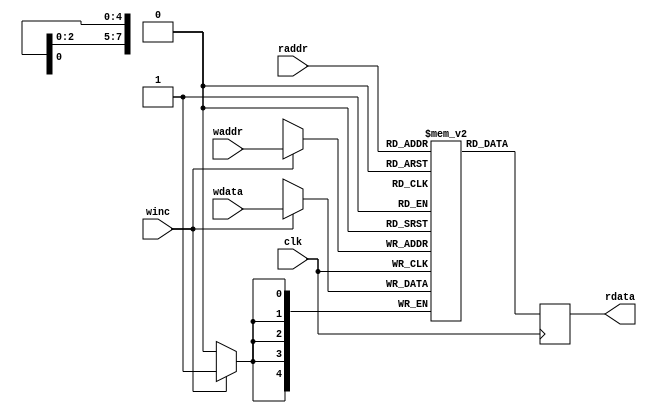
module block_ram #(
    parameter ADDR_WIDTH = 8,
    parameter DATA_WIDTH = 5
)
(
    input                       clk,
    input  [ADDR_WIDTH-1:0]     raddr,
    output reg [DATA_WIDTH-1:0] rdata,
    input  [ADDR_WIDTH-1:0]     waddr,
    input  [DATA_WIDTH-1:0]     wdata,
    input                       winc
);

    (* ram_style="block" *)reg [DATA_WIDTH-1:0] mem[(2**ADDR_WIDTH)-1:0];

    always @(posedge clk) begin
        if(winc == 1'b1)begin
            mem[waddr] <= wdata;
        end
    end

    always @(posedge clk) begin
        rdata <= mem[raddr];
    end

endmodule